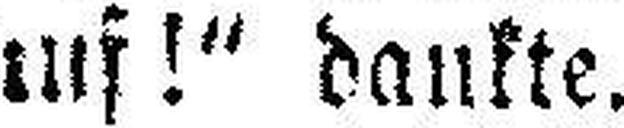
auf!“ dankte.